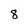
Character: 8